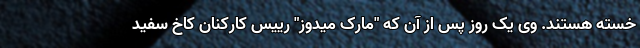
خسته هستند. وی یک روز پس از آن که "مارک میدوز" رییس کارکنان کاخ سفید